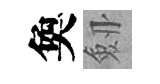
奐劔